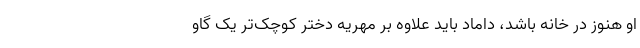
او هنوز در خانه باشد، داماد باید علاوه بر مهریه دختر کوچک‌تر یک گاو